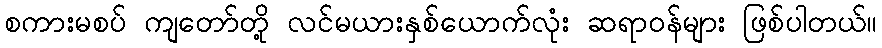
စကားမစပ် ကျတော်တို့ လင်မယားနှစ်ယောက်လုံး ဆရာဝန်များ ဖြစ်ပါတယ်။